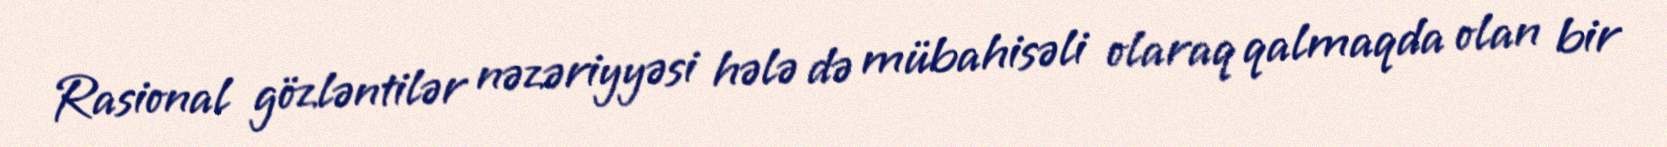
Rasional gözləntilər nəzəriyyəsi hələ də mübahisəli olaraq qalmaqda olan bir